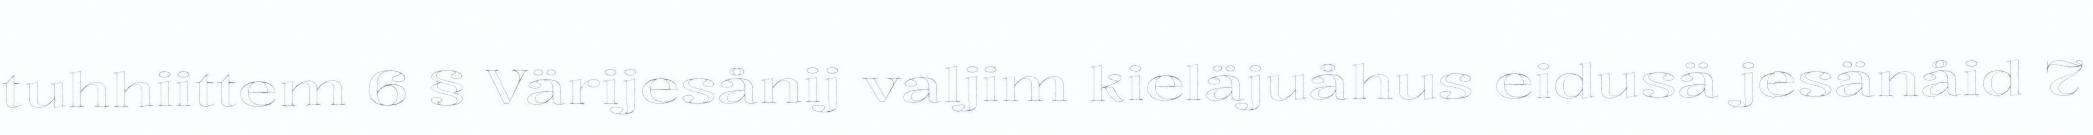
tuhhiittem 6 § Värijesånij valjim kieläjuåhus eidusä jesänåid 7